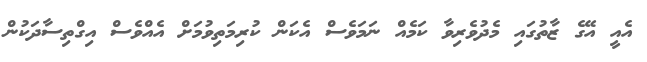
އެއީ އޭގެ ޒާތުގައި މެދުވެރިވާ ކަމެއް ނަމަވެސް އެކަން ކުރިމަތިވުމަށް އެއްވެސް އިގްތިސާދަކުން